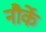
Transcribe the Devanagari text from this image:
नौर्के